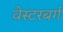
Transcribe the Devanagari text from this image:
वेस्टरबर्ग